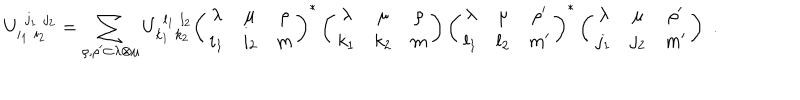
U _ { i _ { 1 } \, \, i _ { 2 } } ^ { \, \, j _ { 1 } \, \, j _ { 2 } } = \sum _ { \rho , \rho ^ { \prime } \subset \lambda \otimes \mu } U _ { k _ { 1 } \, \, k _ { 2 } } ^ { \, \, l _ { 1 } \, \, l _ { 2 } } \left( \begin{array} { c c c } { { \lambda } } & { { \mu } } & { { \rho } } \\ { { i _ { 1 } } } & { { i _ { 2 } } } & { { m } } \\ \end{array} \right) ^ { \ast } \left( \begin{array} { c c c } { { \lambda } } & { { \mu } } & { { \rho } } \\ { { k _ { 1 } } } & { { k _ { 2 } } } & { { m } } \\ \end{array} \right) \left( \begin{array} { c c c } { { \lambda } } & { { \mu } } & { { \rho ^ { \prime } } } \\ { { l _ { 1 } } } & { { l _ { 2 } } } & { { m ^ { \prime } } } \\ \end{array} \right) ^ { \ast } \left( \begin{array} { c c c } { { \lambda } } & { { \mu } } & { { \rho ^ { \prime } } } \\ { { j _ { 1 } } } & { { j _ { 2 } } } & { { m ^ { \prime } } } \\ \end{array} \right) \, \, .